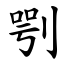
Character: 㓵